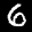
Label: 6